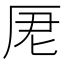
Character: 𠩑